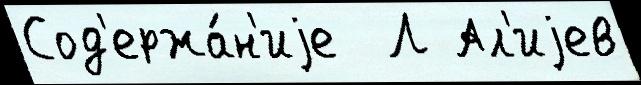
Сод'ержа́н'иjе  Л Ал'иjев